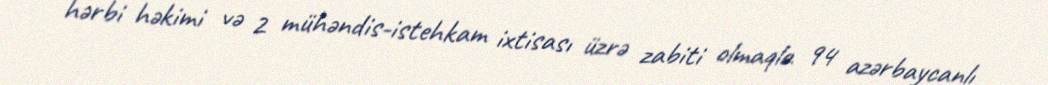
hərbi həkimi və 2 mühəndis-istehkam ixtisası üzrə zabiti olmaqla 94 azərbaycanlı